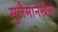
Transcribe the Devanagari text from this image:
सुलैमानखैल